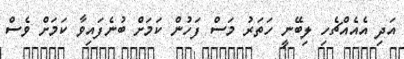
އަދި އެއެއްޗެހި ލިބޭނީ ހަތަރު މަސް ފަހުން ކަމަށް ބުނެފައިވާ ކަމަށް ވެސް